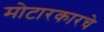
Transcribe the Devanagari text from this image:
मोटारकारचे